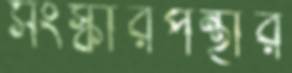
সংস্কারপন্থীর